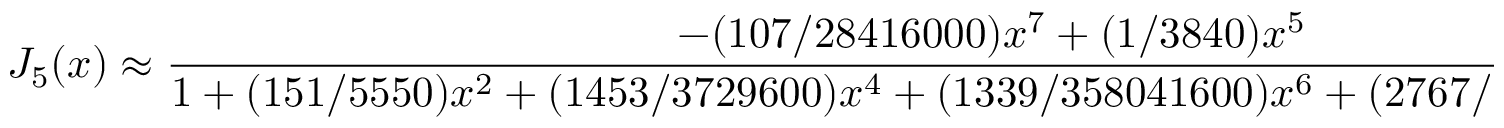
J _ { 5 } ( x ) \approx { \frac { - ( 1 0 7 / 2 8 4 1 6 0 0 0 ) x ^ { 7 } + ( 1 / 3 8 4 0 ) x ^ { 5 } } { 1 + ( 1 5 1 / 5 5 5 0 ) x ^ { 2 } + ( 1 4 5 3 / 3 7 2 9 6 0 0 ) x ^ { 4 } + ( 1 3 3 9 / 3 5 8 0 4 1 6 0 0 ) x ^ { 6 } + ( 2 7 6 7 / 1 2 0 3 0 1 9 7 7 6 0 0 ) x ^ { 8 } } }